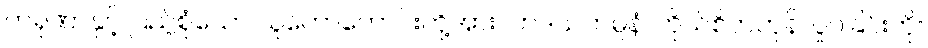
ကရုဏာနှင့် ပြည့်စုံသော သူတော်ကောင်းတို့အား။ ဟဒယကမ္ပနံ၊ ကိုယ်စိတ်တုန်လှုပ်ခြင်းကို။